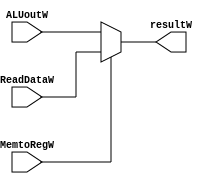
// This program was cloned from: https://github.com/Rohan7Gupta/pentaRV
// License: Apache License 2.0

module writeback( ALUoutW, ReadDataW, MemtoRegW, resultW);

input MemtoRegW;
input [31:0] ALUoutW, ReadDataW;

output [31:0] resultW;

assign resultW = (MemtoRegW) ? ReadDataW : ALUoutW ;

endmodule